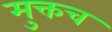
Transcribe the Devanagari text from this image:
मुक्तच